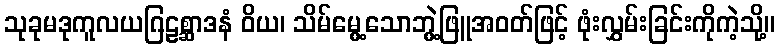
သုခုမဒုကူလယဂြဠစ္ဆာဒနံ ဝိယ၊ သိမ်မွေ့သောဘွဲ့ဖြူအဝတ်ဖြင့် ဖုံးလွှမ်းခြင်းကိုကဲ့သို့။